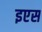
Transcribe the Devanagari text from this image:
इएस